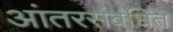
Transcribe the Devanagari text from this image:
आंतरसंबंधित